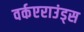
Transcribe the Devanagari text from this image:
वर्कएराउंड्स